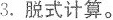
3.脱式计算。